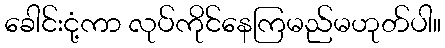
ခေါင်းငုံ့ကာ လုပ်ကိုင်နေကြမည်မဟုတ်ပါ။